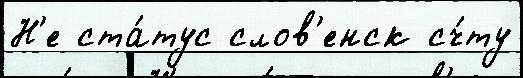
Н'е ста́тус слов'енск сч́ту